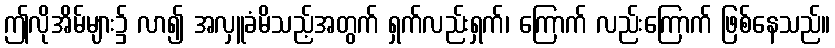
ဤလိုအိမ်များ၌ လာ၍ အလှူခံမိသည့်အတွက် ရှက်လည်းရှက်၊ ကြောက် လည်းကြောက် ဖြစ်နေသည်။